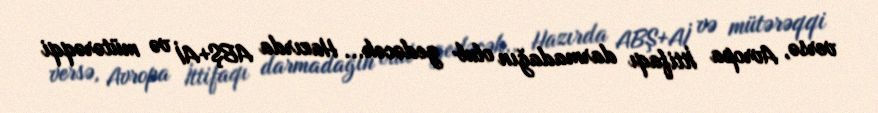
versə, Avropa İttifaqı darmadağın olub gedəcək... Hazırda ABŞ+Aİ və mütərəqqi